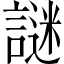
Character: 謎